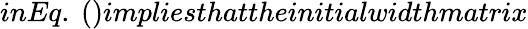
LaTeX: inEq.~()impliesthattheinitialwidthmatrix